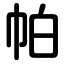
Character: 帕